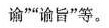
谕””谕旨”等。